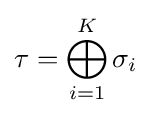
\tau =\bigoplus _{i=1}^{K}\sigma _{i}